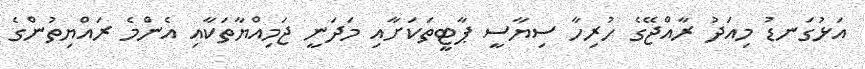
އަޅުގަނޑު މިއަދު ރާއްޖޭގެ ހުރިހާ ސިޔާސީ ޕާޓީތަކަށާއި މަދަނީ ޖަމިއްޔާތަކާއި އެންމެ ރައްޔިތުންގެ